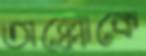
তাল্লোকে